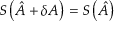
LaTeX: S \left( \hat { A } + \delta A \right) = S \left( \hat { A } \right)